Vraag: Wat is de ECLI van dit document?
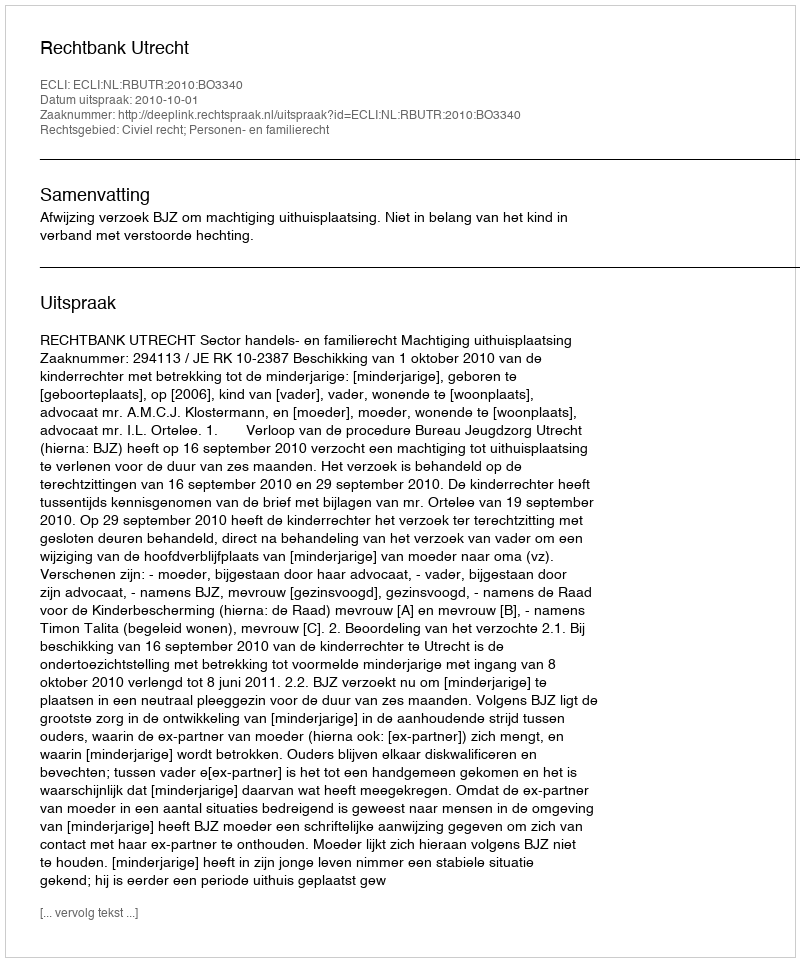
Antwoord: ECLI:NL:RBUTR:2010:BO3340